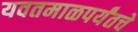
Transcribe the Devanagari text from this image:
यवतमाळपर्यंतचे